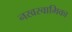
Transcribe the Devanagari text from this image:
नखस्वामिका